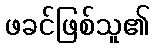
ဖခင်ဖြစ်သူ၏